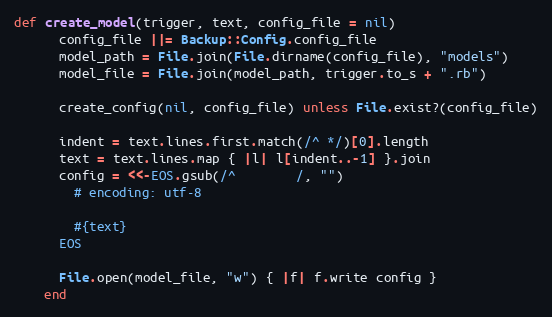
Language: Ruby
def create_model(trigger, text, config_file = nil)
      config_file ||= Backup::Config.config_file
      model_path = File.join(File.dirname(config_file), "models")
      model_file = File.join(model_path, trigger.to_s + ".rb")

      create_config(nil, config_file) unless File.exist?(config_file)

      indent = text.lines.first.match(/^ */)[0].length
      text = text.lines.map { |l| l[indent..-1] }.join
      config = <<-EOS.gsub(/^        /, "")
        # encoding: utf-8

        #{text}
      EOS

      File.open(model_file, "w") { |f| f.write config }
    end